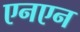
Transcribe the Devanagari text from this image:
एनएन